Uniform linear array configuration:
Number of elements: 48
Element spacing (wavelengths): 1
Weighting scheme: blackman
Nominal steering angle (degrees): -60
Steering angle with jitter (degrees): -61.285
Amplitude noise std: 0.05
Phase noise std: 0.05

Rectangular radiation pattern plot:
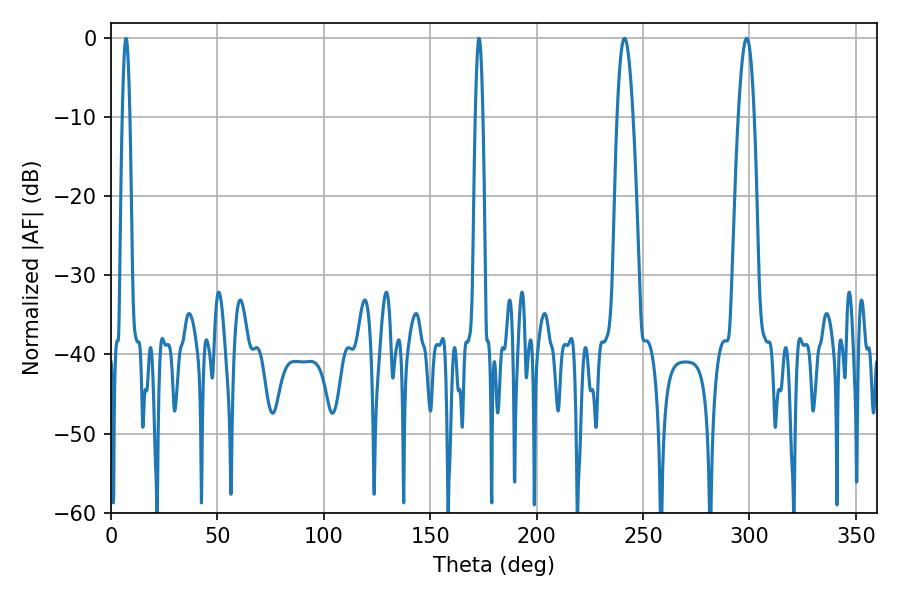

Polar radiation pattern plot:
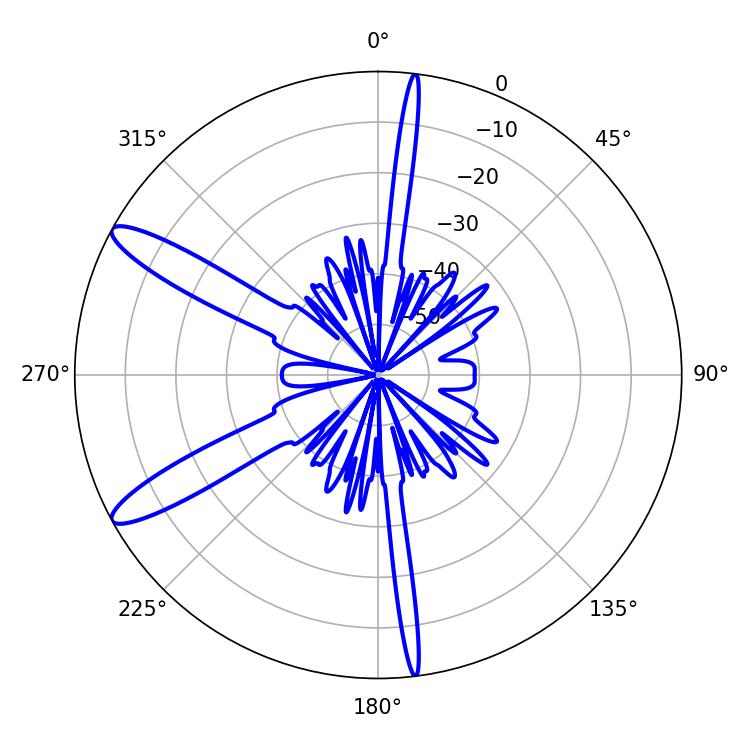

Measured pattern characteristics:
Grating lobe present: TRUE
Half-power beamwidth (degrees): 1.8
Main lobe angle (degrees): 7.02